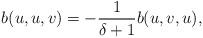
LaTeX: \begin{align*}b(u,u,v) = -\frac{1}{\delta+1}b(u,v,u),\end{align*}